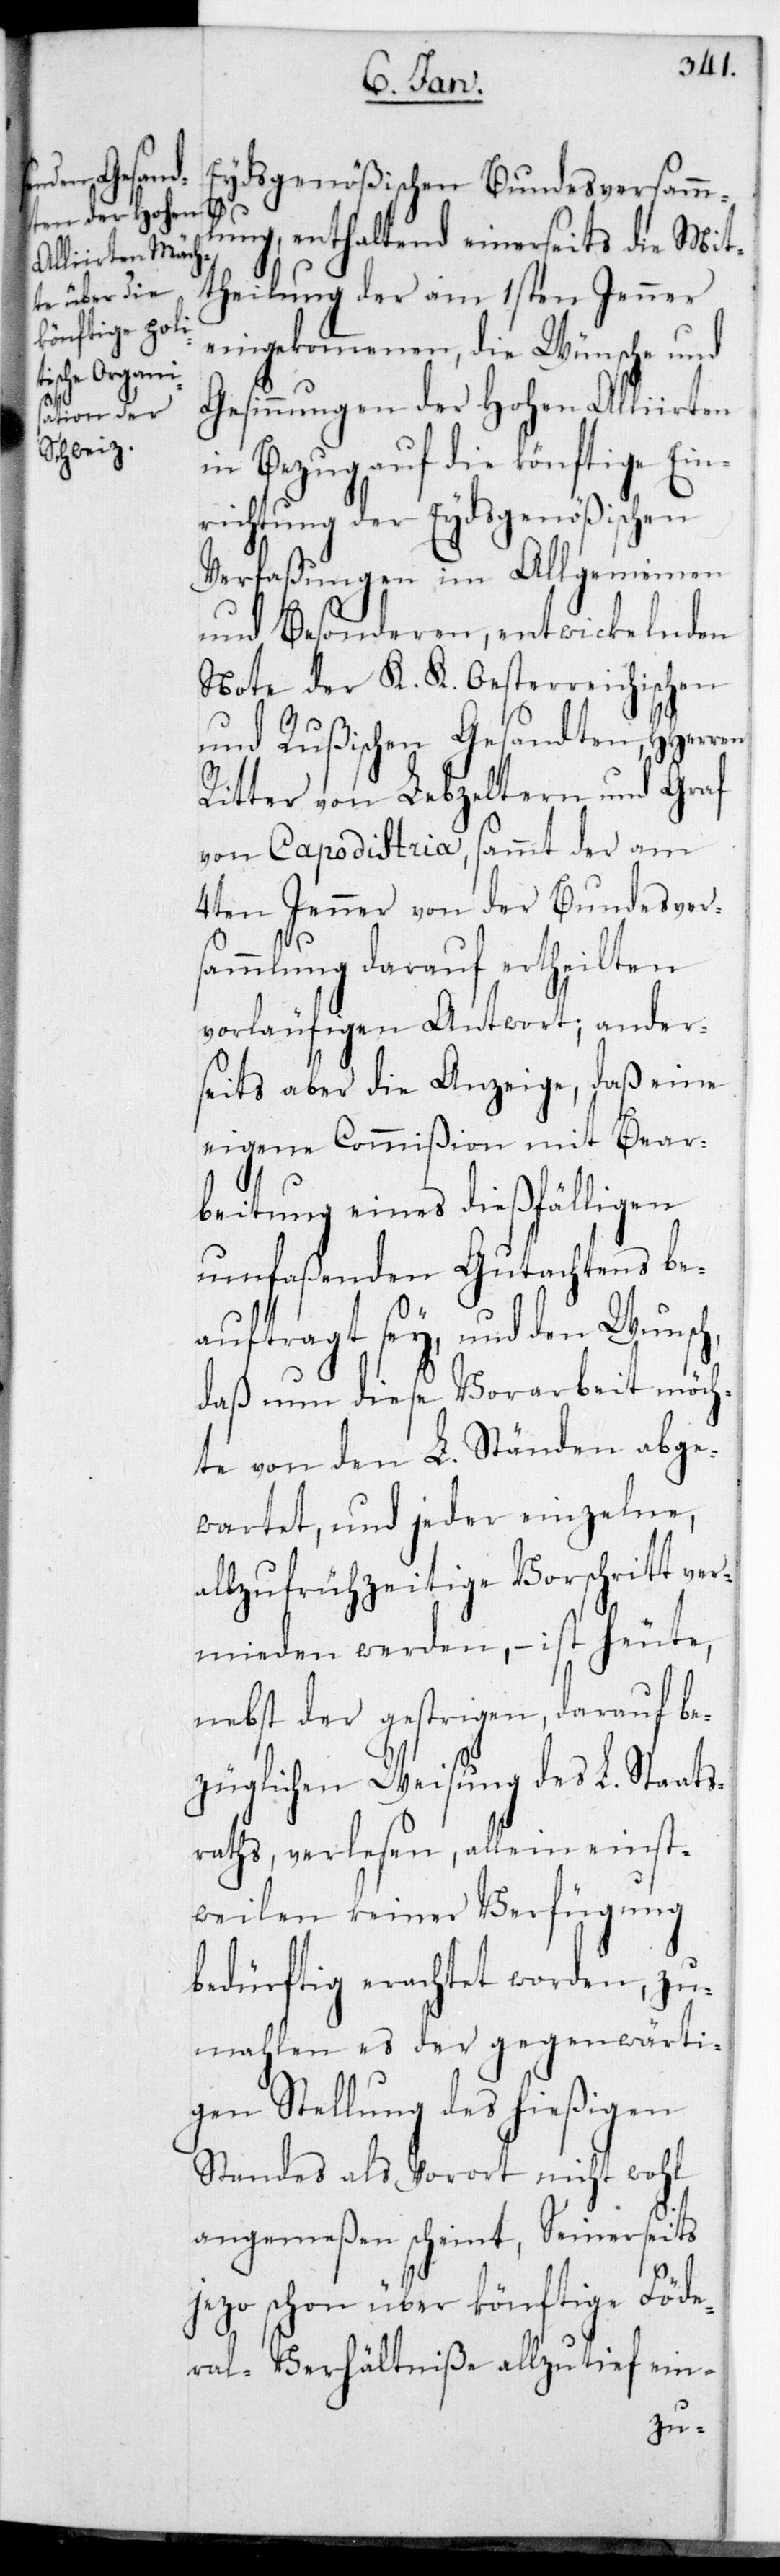
Eydsgenößischen Bundesversamm¬
lung, enthaltend einerseits die Mit¬
theilung der am 1sten Jenner
eingekommenen, die Wünsche und
Gesinnungen der Hohen Alliirten
in Bezug auf die könftige Ein¬
richtung der Eydsgenößischen
Verfaßungen im Allgemeinen
und Besonderen, entwickelnden
Note der K. K. Oesterreichischen
und Rußischen Gesandten, HHerren
Ritter von Lebzeltern und Graf
von Capodistria, sammt der am
4ten Jenner von der Bundesver¬
sammlung darauf ertheilten
vorläufigen Antwort; ander¬
seits aber die Anzeige, daß eine
eigene Commißion mit Bear¬
beitung eines dießfälligen
umfaßenden Gutachtens be¬
auftragt sey, und den Wunsch,
daß nun diese Vorarbeit möch¬
te von den L. Ständen abge¬
wartet, und jeder einzelne,
allzu frühzeitige Vorschritt ver¬
mieden werden, – ist heute,
nebst der gestrigen, darauf be¬
züglichen Weisung des L. Staats¬
raths, verlesen, allein einst¬
weilen keiner Verfügung
bedürftig erachtet worden, zu¬
malen es der gegenwärti¬
gen Stellung des hießigen
Standes als Vorort nicht wohl
angemeßen scheint, Seinerseits
jetzo schon über könftige Föde¬
ral-Verhältniße allzu tief ein-